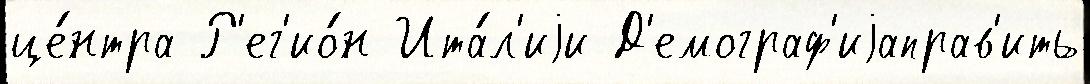
це́нтра Р'ег'ио́н Ита́л'иjи Д'емограф'иjаправ'ить